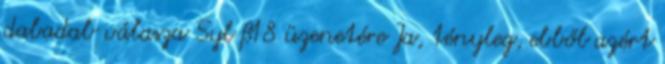
dabadab válasza Syl #18 üzenetére Ja, tényleg, ebből azért